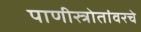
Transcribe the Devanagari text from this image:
पाणीस्त्रोतांवरचे